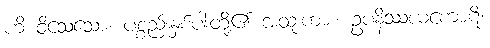
ဟိ ဝိသေသော၊ ပစ္စည်းနှစ်ပါးတို့၏ အထူးကား။ ဥပနိဿယကောဋိ၊